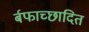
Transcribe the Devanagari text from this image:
र्बफाच्छादित